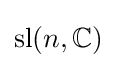
\mathrm {sl} (n,\mathbb {C} )